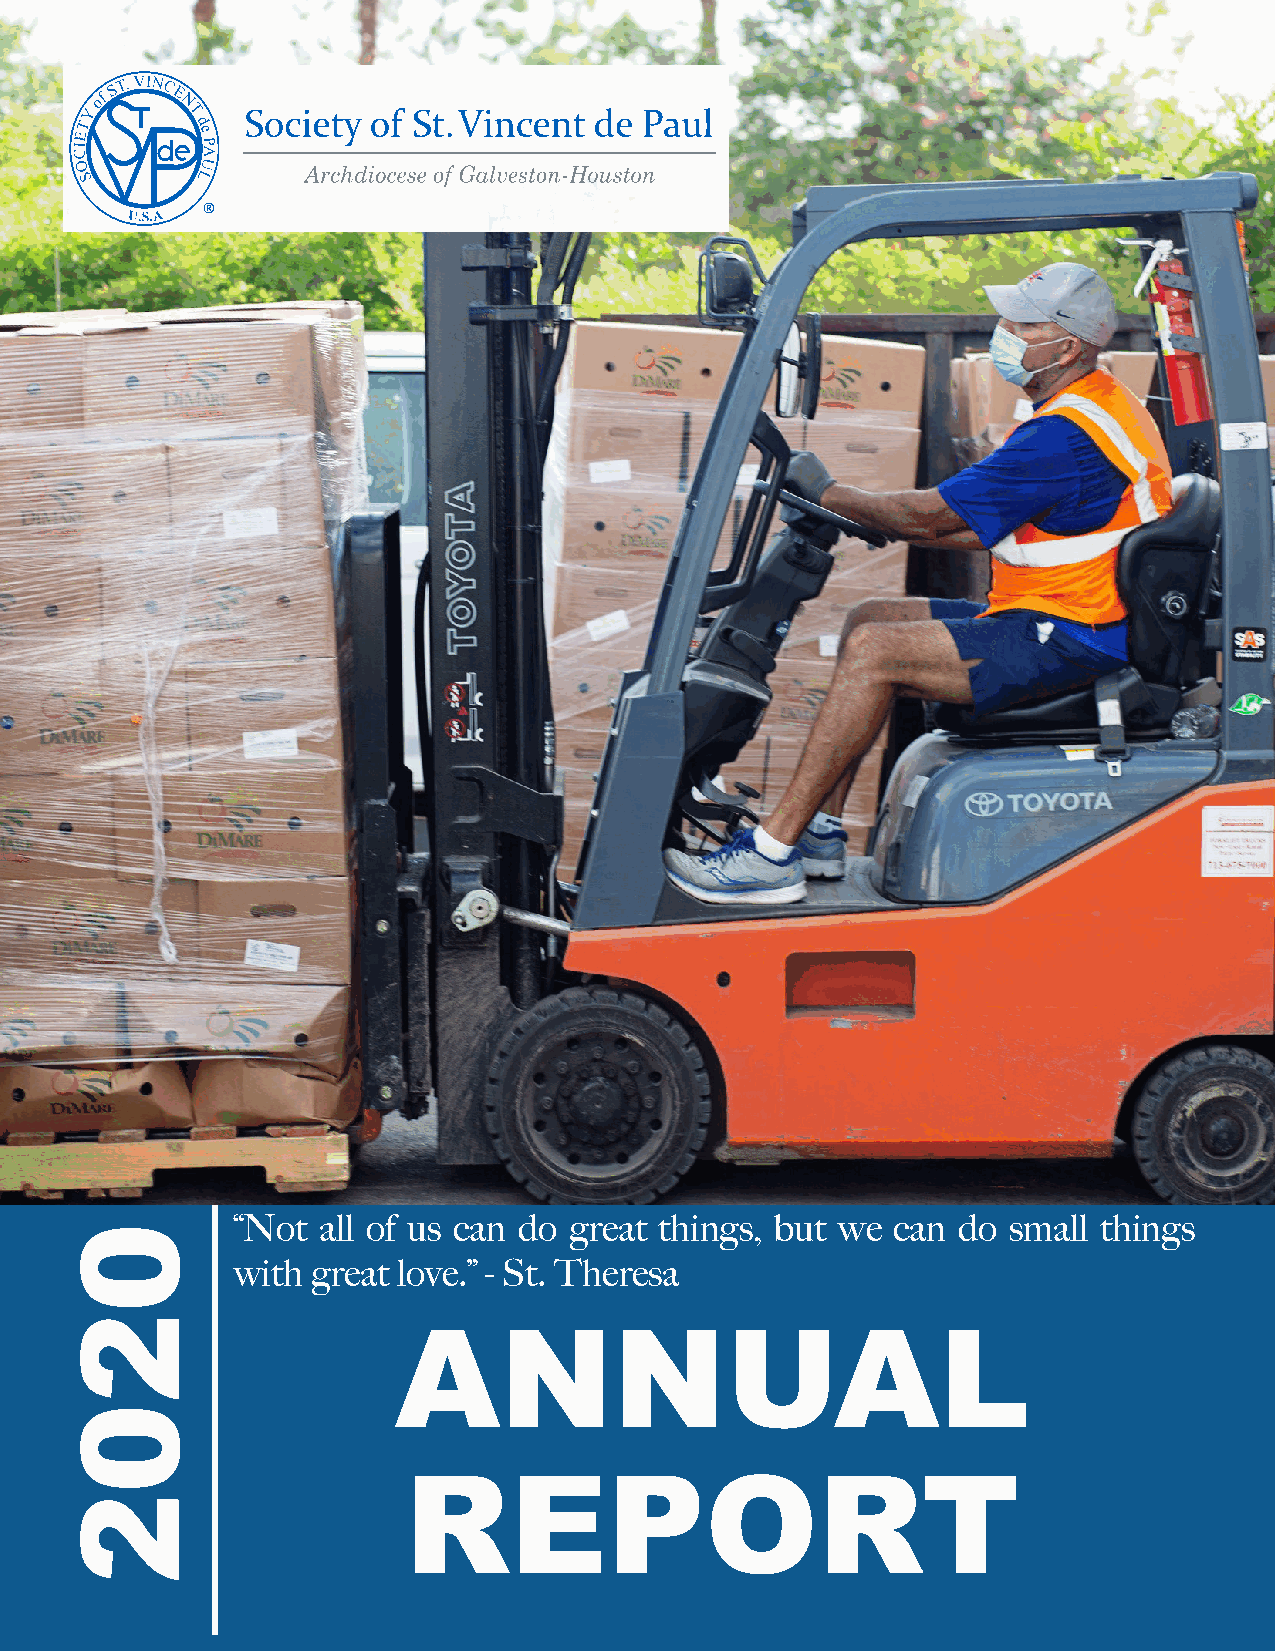
“Not all of us can do great things, but we can do  small things
 with great love.” - St. Theresa
 ANNUAL
 REPORT
 0202